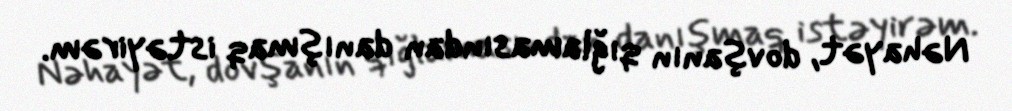
Nəhayət, dovşanın qığlamasından danışmaq istəyirəm.